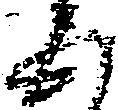
五